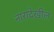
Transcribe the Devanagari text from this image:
नारादेखील